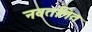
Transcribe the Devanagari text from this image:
नवतलित